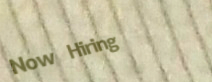
Now Hiring